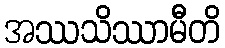
အဿသိဿာမီတိ